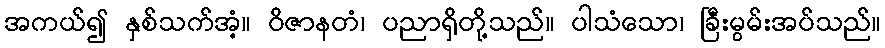
အကယ်၍ နှစ်သက်အံ့။ ဝိဇာနတံ၊ ပညာရှိတို့သည်။ ပါသံသော၊ ခြီးမွမ်းအပ်သည်။